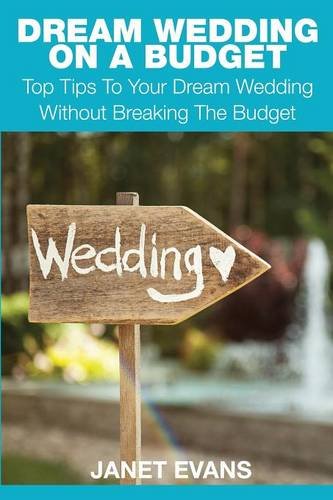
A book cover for Dream Wedding on a Budget: Top Tips to Your Dream Wedding Without Breaking the Budget; Janet Evans; Crafts, Hobbies & Home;